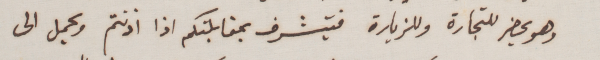
وهو يحضر للتجارة وللزيارة فيتشرف بمقابلتكم اذا اذنتم ويحمل الى